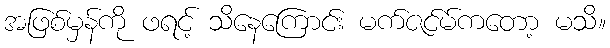
အဖြစ်မှန်ကို ဖရင့် သိနေကြောင်း မက်ဇင်မ်ကတော့ မသိ။